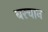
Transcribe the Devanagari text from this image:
बरचान